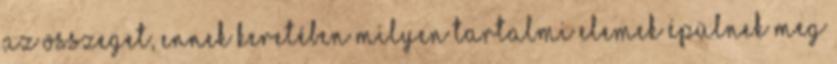
az összeget, ennek keretében milyen tartalmi elemek épülnek meg